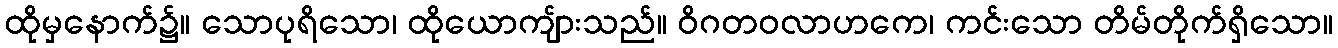
ထိုမှနောက်၌။ သောပုရိသော၊ ထိုယောကျ်ားသည်။ ဝိဂတဝလာဟကေ၊ ကင်းသော တိမ်တိုက်ရှိသော။